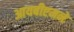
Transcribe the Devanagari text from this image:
आयबीएमने